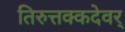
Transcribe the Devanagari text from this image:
तिरुत्तक्कदेवर्